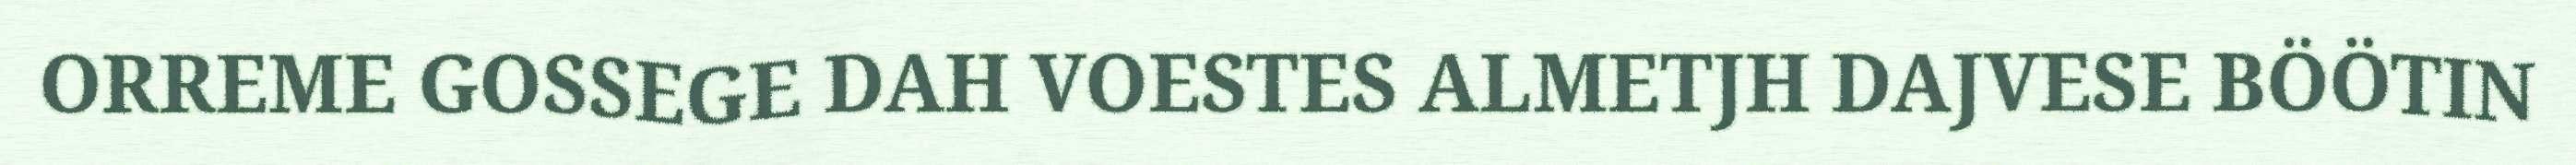
ORREME GOSSEGE DAH VOESTES ALMETJH DAJVESE BÖÖTIN